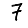
Digit: 7